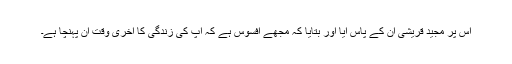
اس پر مجید قریشی ان کے پاس آیا اور بتایا کہ مجھے افسوس ہے کہ آپ کی زندگی کا آخری وقت آن پہنچا ہے۔